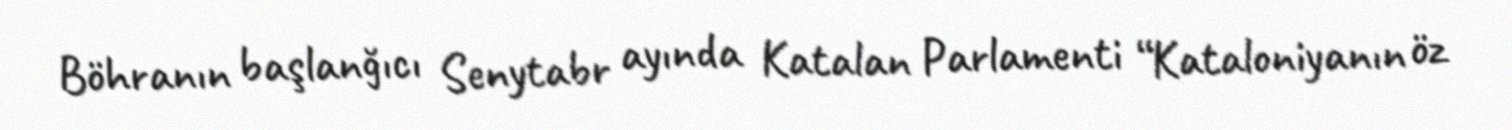
Böhranın başlanğıcı Senytabr ayında Katalan Parlamenti “Kataloniyanın öz